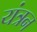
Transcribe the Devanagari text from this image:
यंत्रन